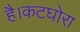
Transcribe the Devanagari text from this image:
है।कटघोरा